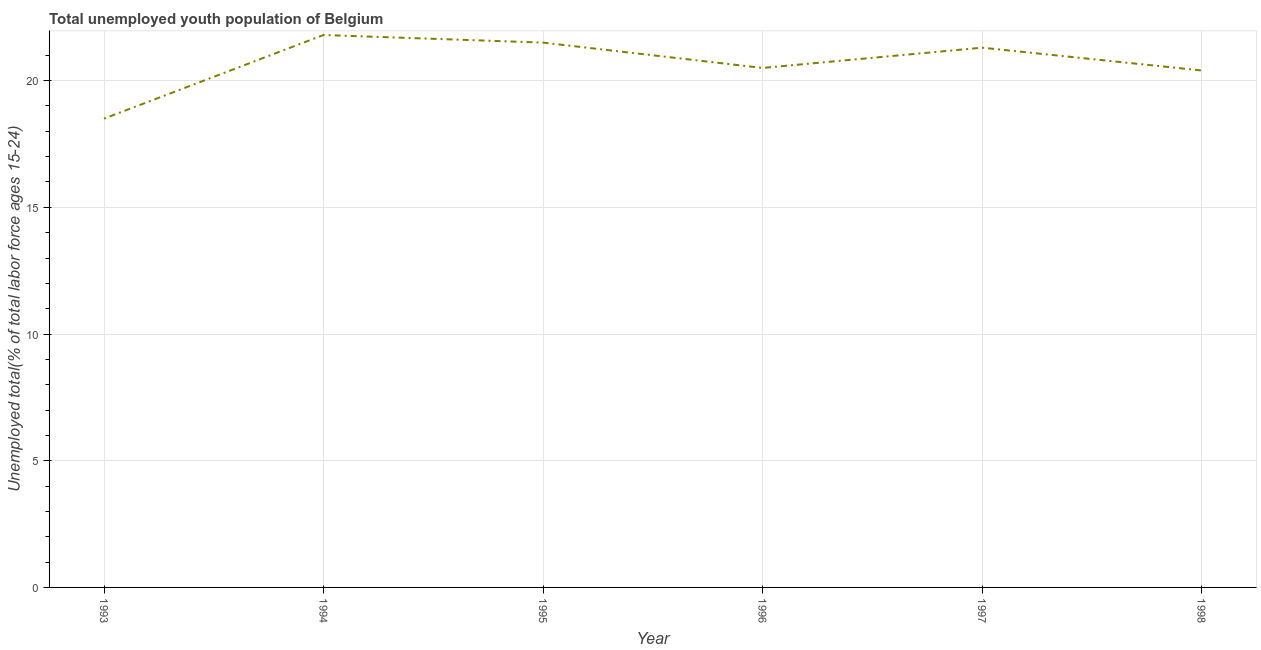
| Year | Unemployment youth total |
 | --- | --- |
 | 1993 | 18.5 |
 | 1994 | 21.8 |
 | 1995 | 21.5 |
 | 1996 | 20.5 |
 | 1997 | 21.3 |
 | 1998 | 20.4 |